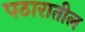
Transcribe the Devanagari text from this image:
पठारातील